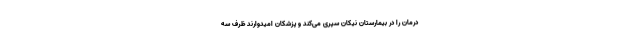
درمان را در بیمارستان نیکان سپری می‌کند و پزشکان امیدوارند ظرف سه